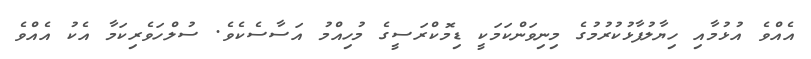
އެއްވެ އުޅުމާއި ހިޔާލުފާޅުކުރުމުގެ މިނިވަންކަމަކީ ޑިމޮކްރަސީގެ މުހިއްމު އަސާސެކެވެ. ސުލްހަވެރިކަމާ އެކު އެއްވެ